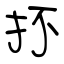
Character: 抔